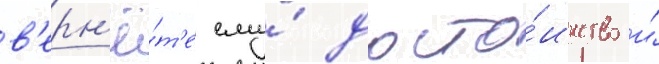
в'ерн'ё́т'е ему́ досто́инство и́